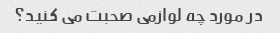
در مورد چه لوازمی صحبت می کنید؟